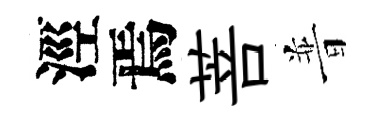
涇焉菩普